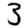
Digit: 3